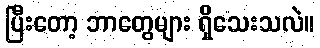
ပြီးတော့ ဘာတွေများ ရှိသေးသလဲ။